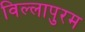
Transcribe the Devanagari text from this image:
विल्लापुरम